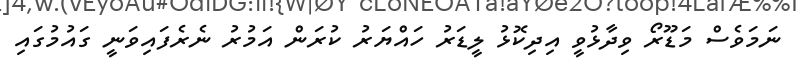
ނަމަވެސް މަޑޫރޯ ވިދާޅުވީ އިދިކޮޅު ލީޑަރު ހައްޔަރު ކުރަން އަމުރު ނެރެފައިވަނީ ގައުމުގައި